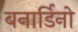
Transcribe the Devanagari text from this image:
बनार्डिनो